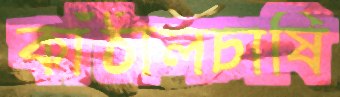
কাঁঠালচাষি